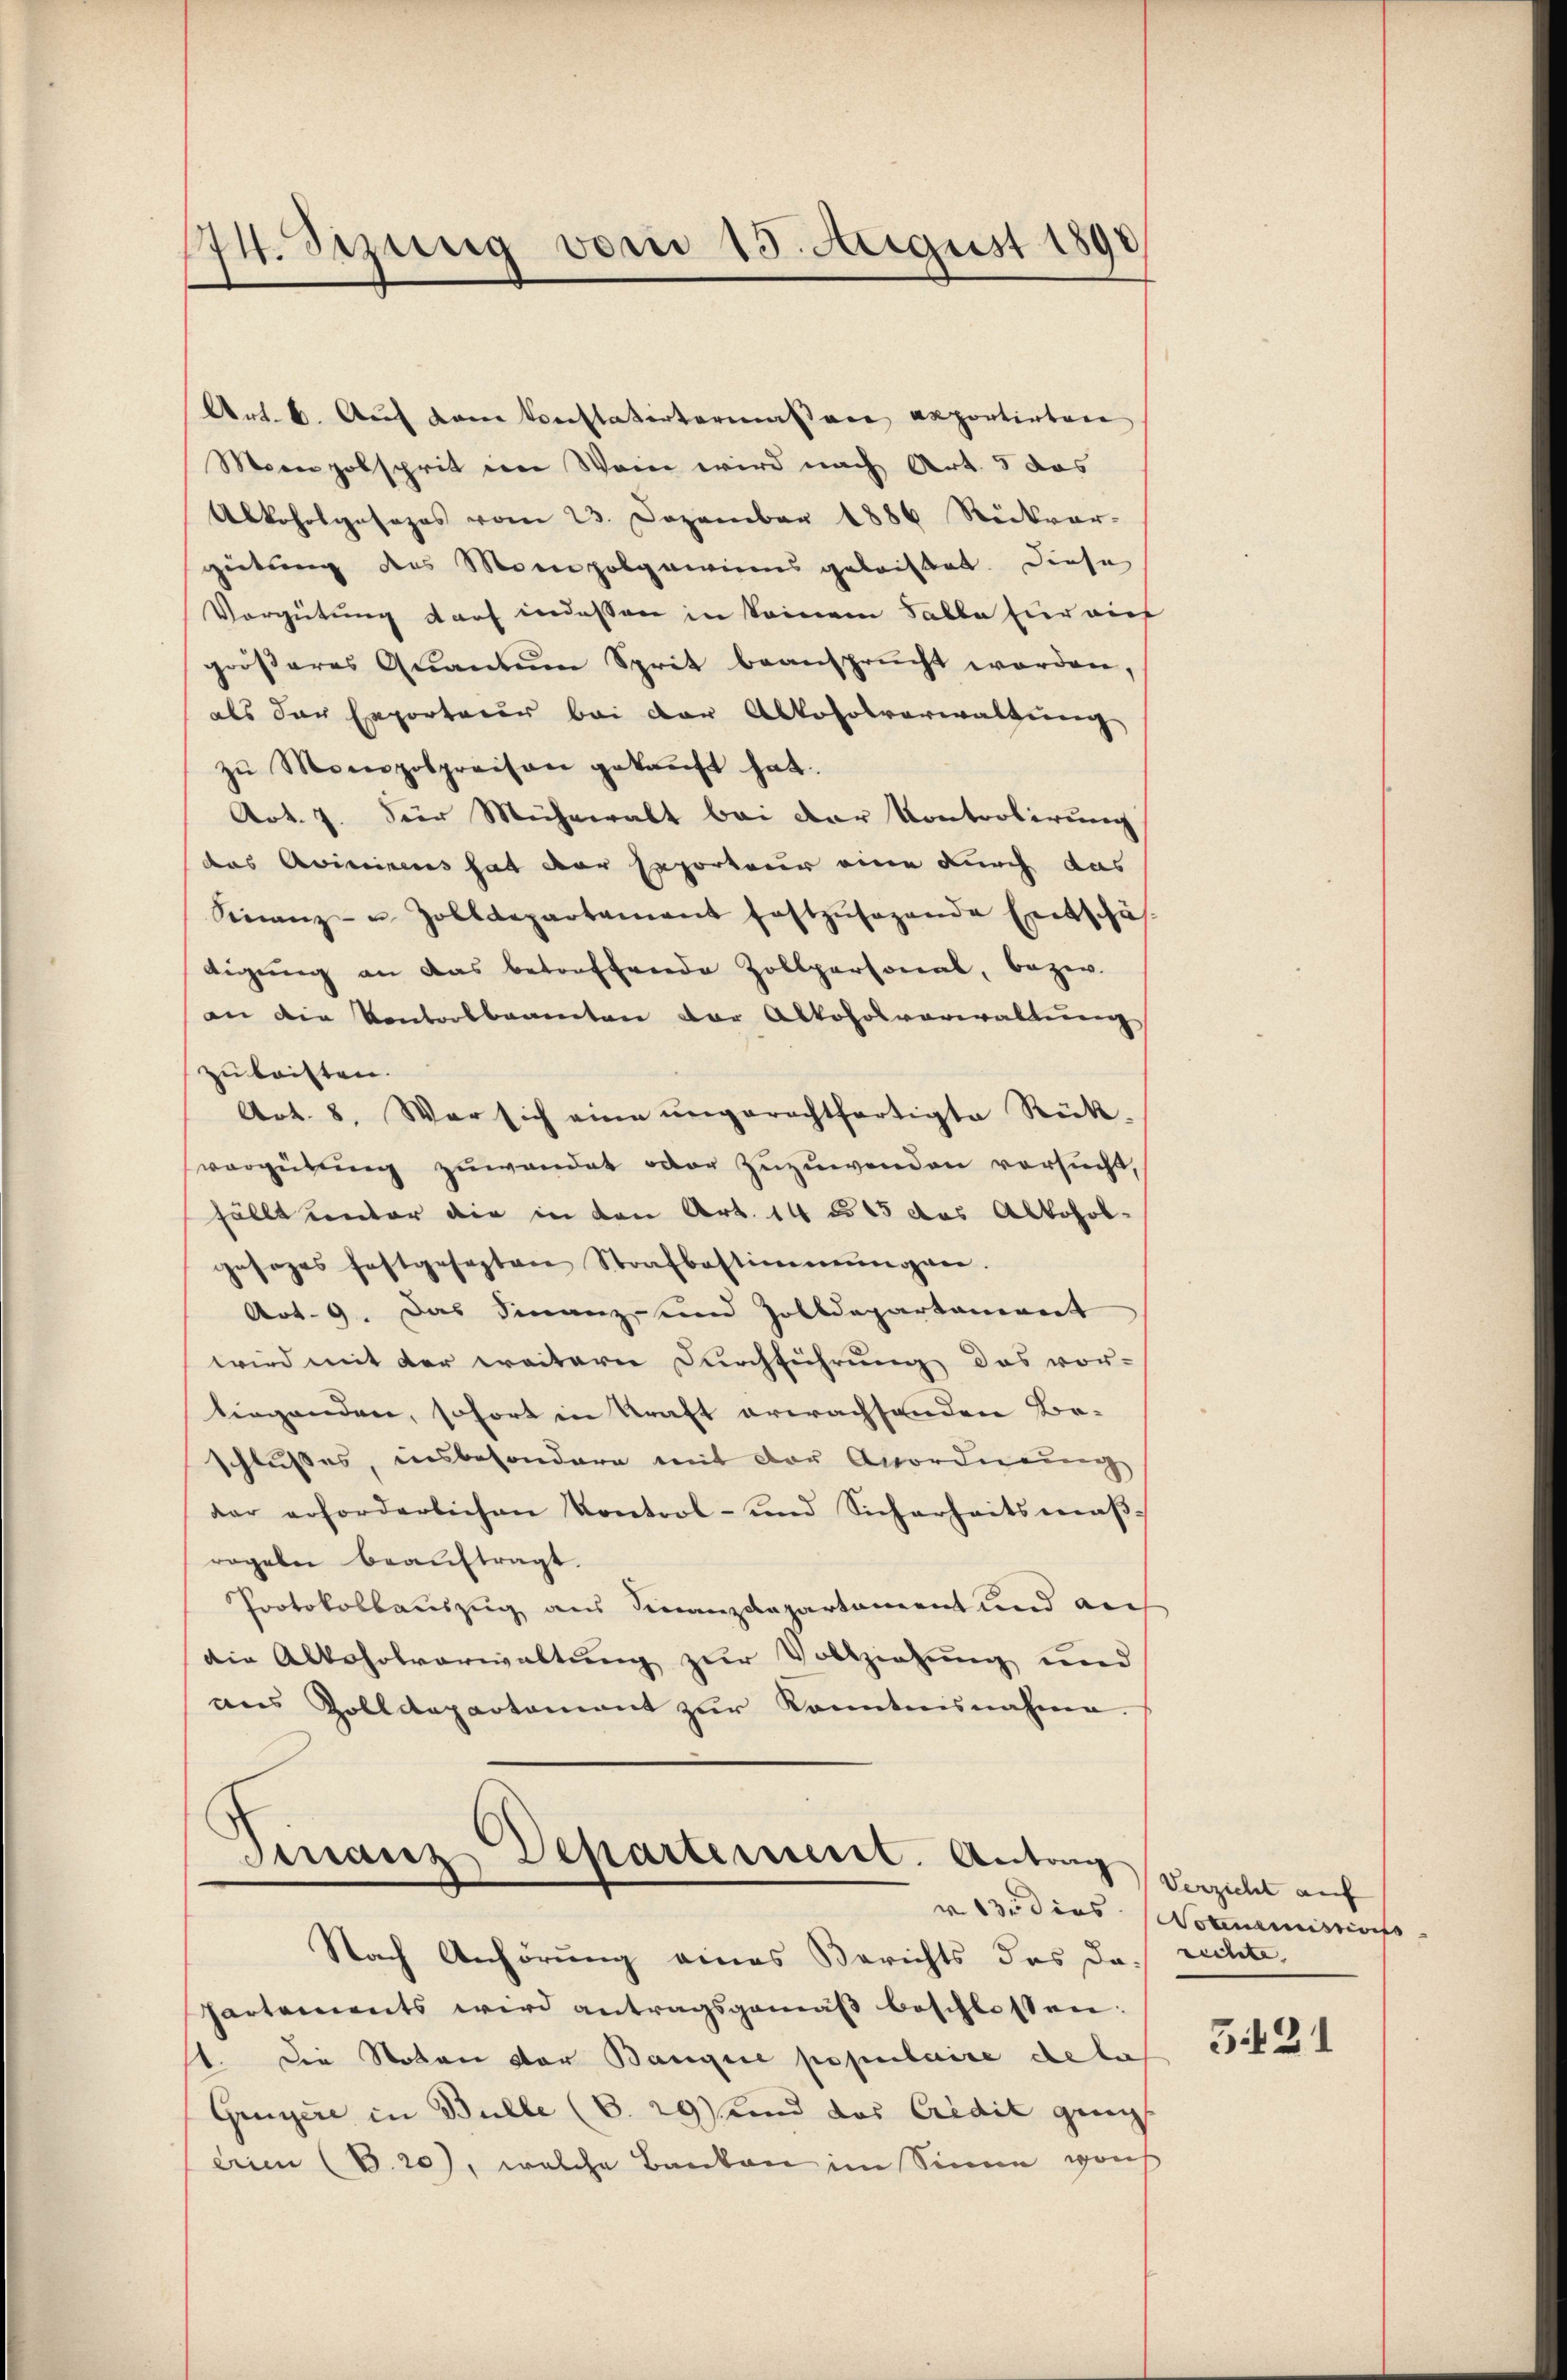
174. Setzung vom 15. August 1890

Art. 6. Auf dem Verstatentermaßen apportirten
Moon obsprit in Wein wird nach Art. 5 das
Alkoholgesezes vom 23. Dezember 1886 Rückwar-
geitung des Monopolgamiers geleistet. Diese
Vergütung darf indessen in keinem Falle hier aus
gröβeres Quantum Sprit beansprŭcht worden,
als der Exportarer bei der Alkoholverwaltung
zŭ Monopolpraison gekauft hat.
Art. 7. der Mühewalt bei der Kontrolirung
das Aviseinens hat der seporteur eine durch das
Finanz- u. Zolldepartament festzŭsagende Entschäf-
tigung an das betreffende Zollpersonal, bezw.
an die Kontolbaumten der Alkoholverwaltung
zu besten.
Art. 8. War sich eine ungerechtfertigte Rück-
vergütung zuwendet oder zuzuwenden versucht,
fällt unter die in den Art. 14 u. 15 das Alkohol-
gesages festgesezten Strafbestimmungen.
Art. 9. Das Finanz- und Zolldepartament
wird mit der weitern Durchführung das vor-
liegenden, sofort in Kraft erwachsenden Be-
schlusses, insbesondere mit der Anordnung
dar erforderlichen Kontrol- und Sicherheitsmaβ-
rogaben beauftragt.
Protokollauszug aus Finanzdepartament und auch
die Alkoholverwaltung zur Vollziehung und
aus Zolldepartement zur Kenntnisnahme
Finanz-Departement. Antrag
Nach Anhörung eines Berichts des doch richte,
Partements wird antragsgemäβ beschlossen:
st. Die Noten vor Banque populaire de la
Gruyère in Bulle (S. 29stend das Credit ging
erien (B. 20), welche Banken im Sinne gais

Verzicht auf
r 13 dies Normanismäss

321